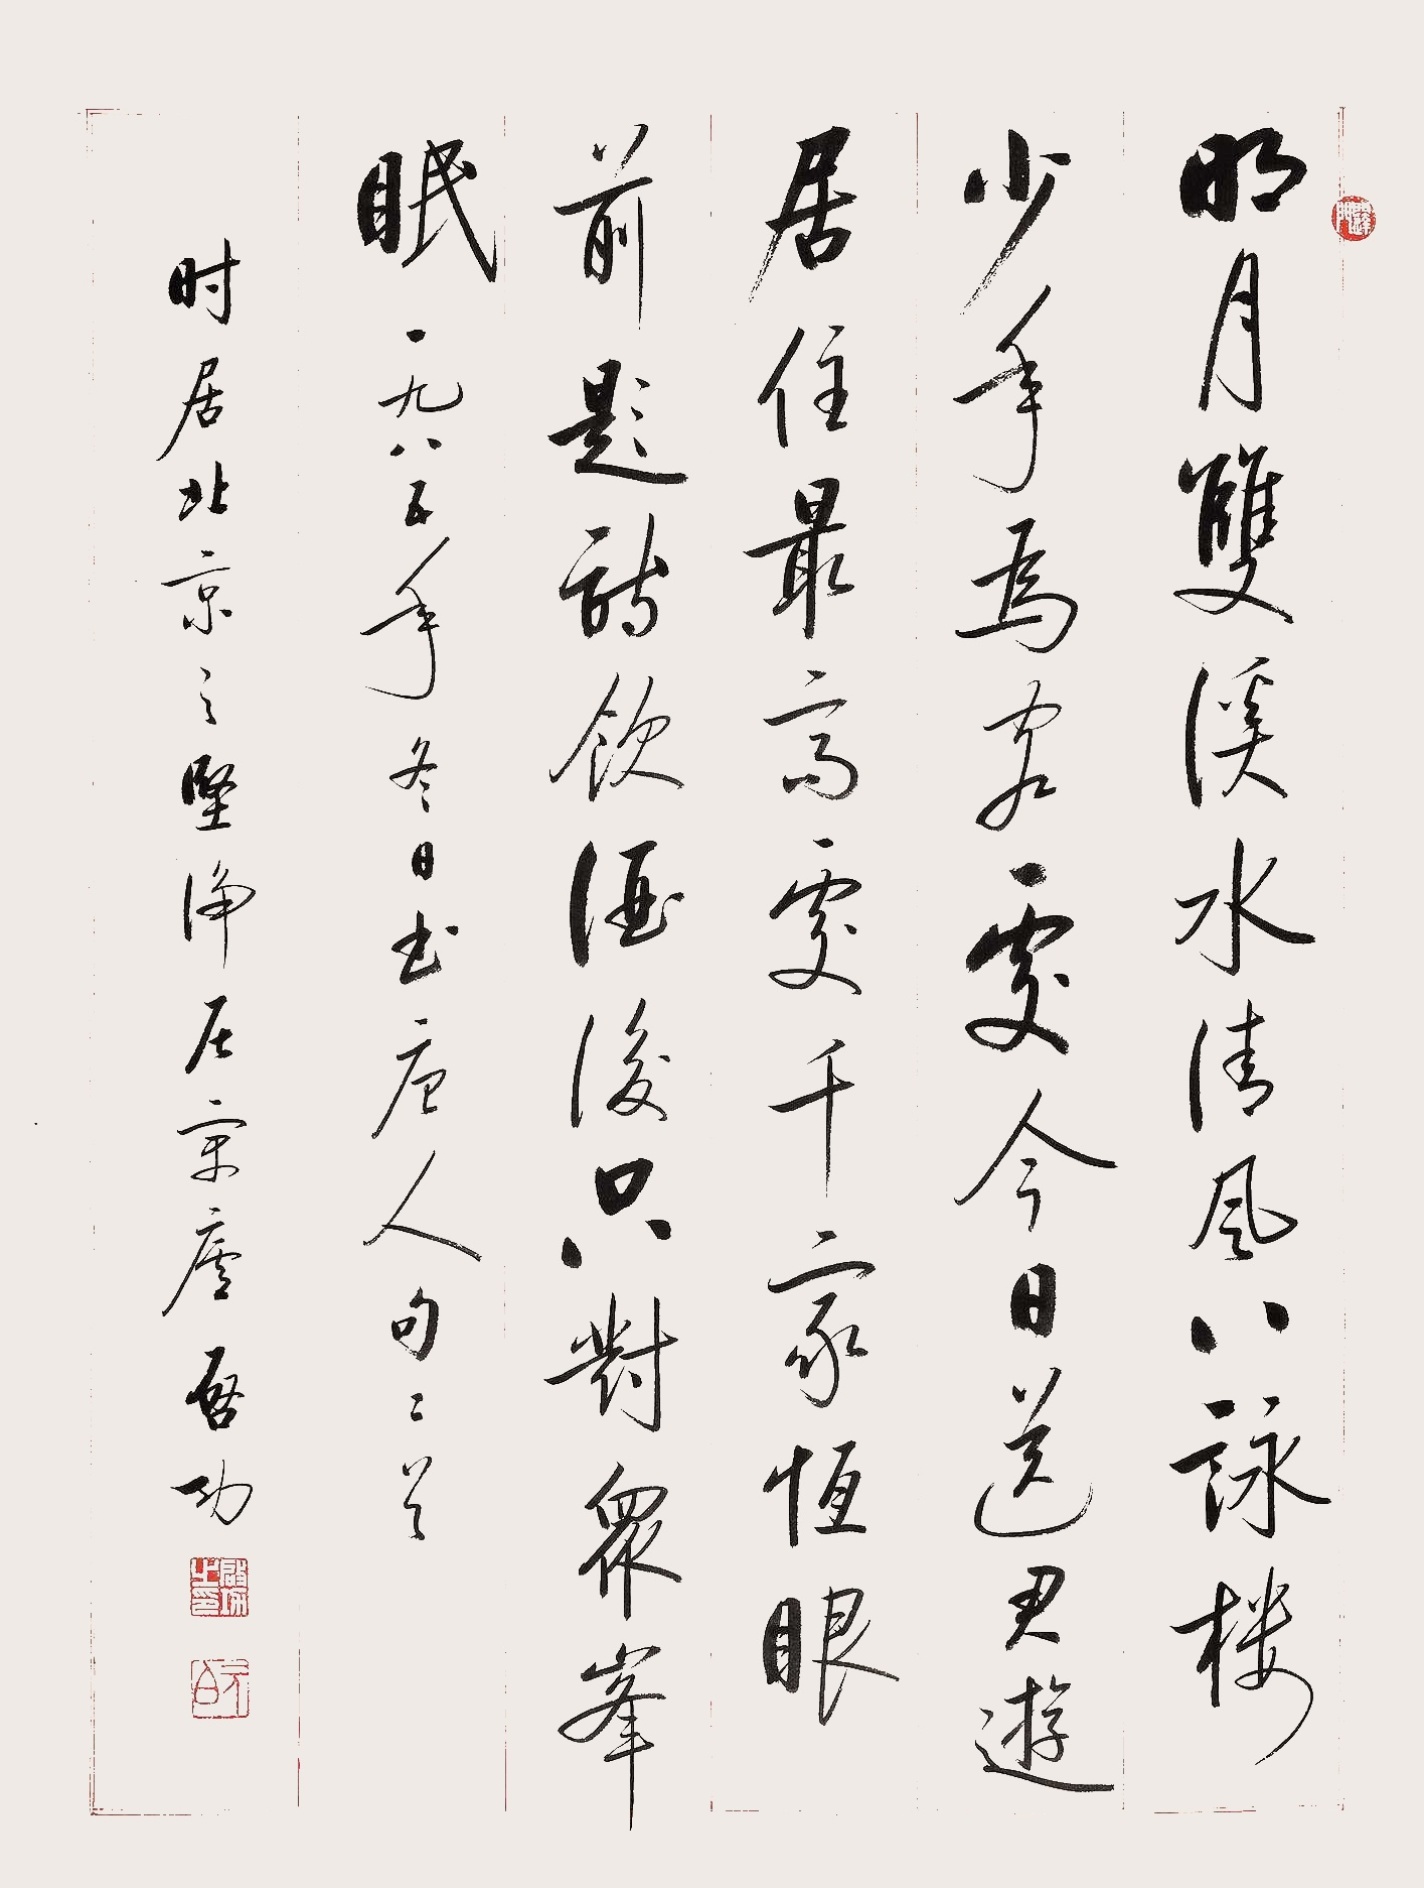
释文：明月双溪水，清风八咏楼。少年为客处，今日送君游。居住最高处，千家恒眼前。题诗饮酒后，只对众峰眠。一九八五年冬日书唐人句二首，时居北京之坚净居寓庐，启功。